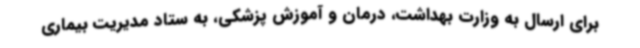
برای ارسال به وزارت بهداشت، درمان و آموزش پزشکی، به ستاد مدیریت بیماری